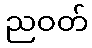
ညဝတ်